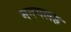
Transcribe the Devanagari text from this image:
मनगलह